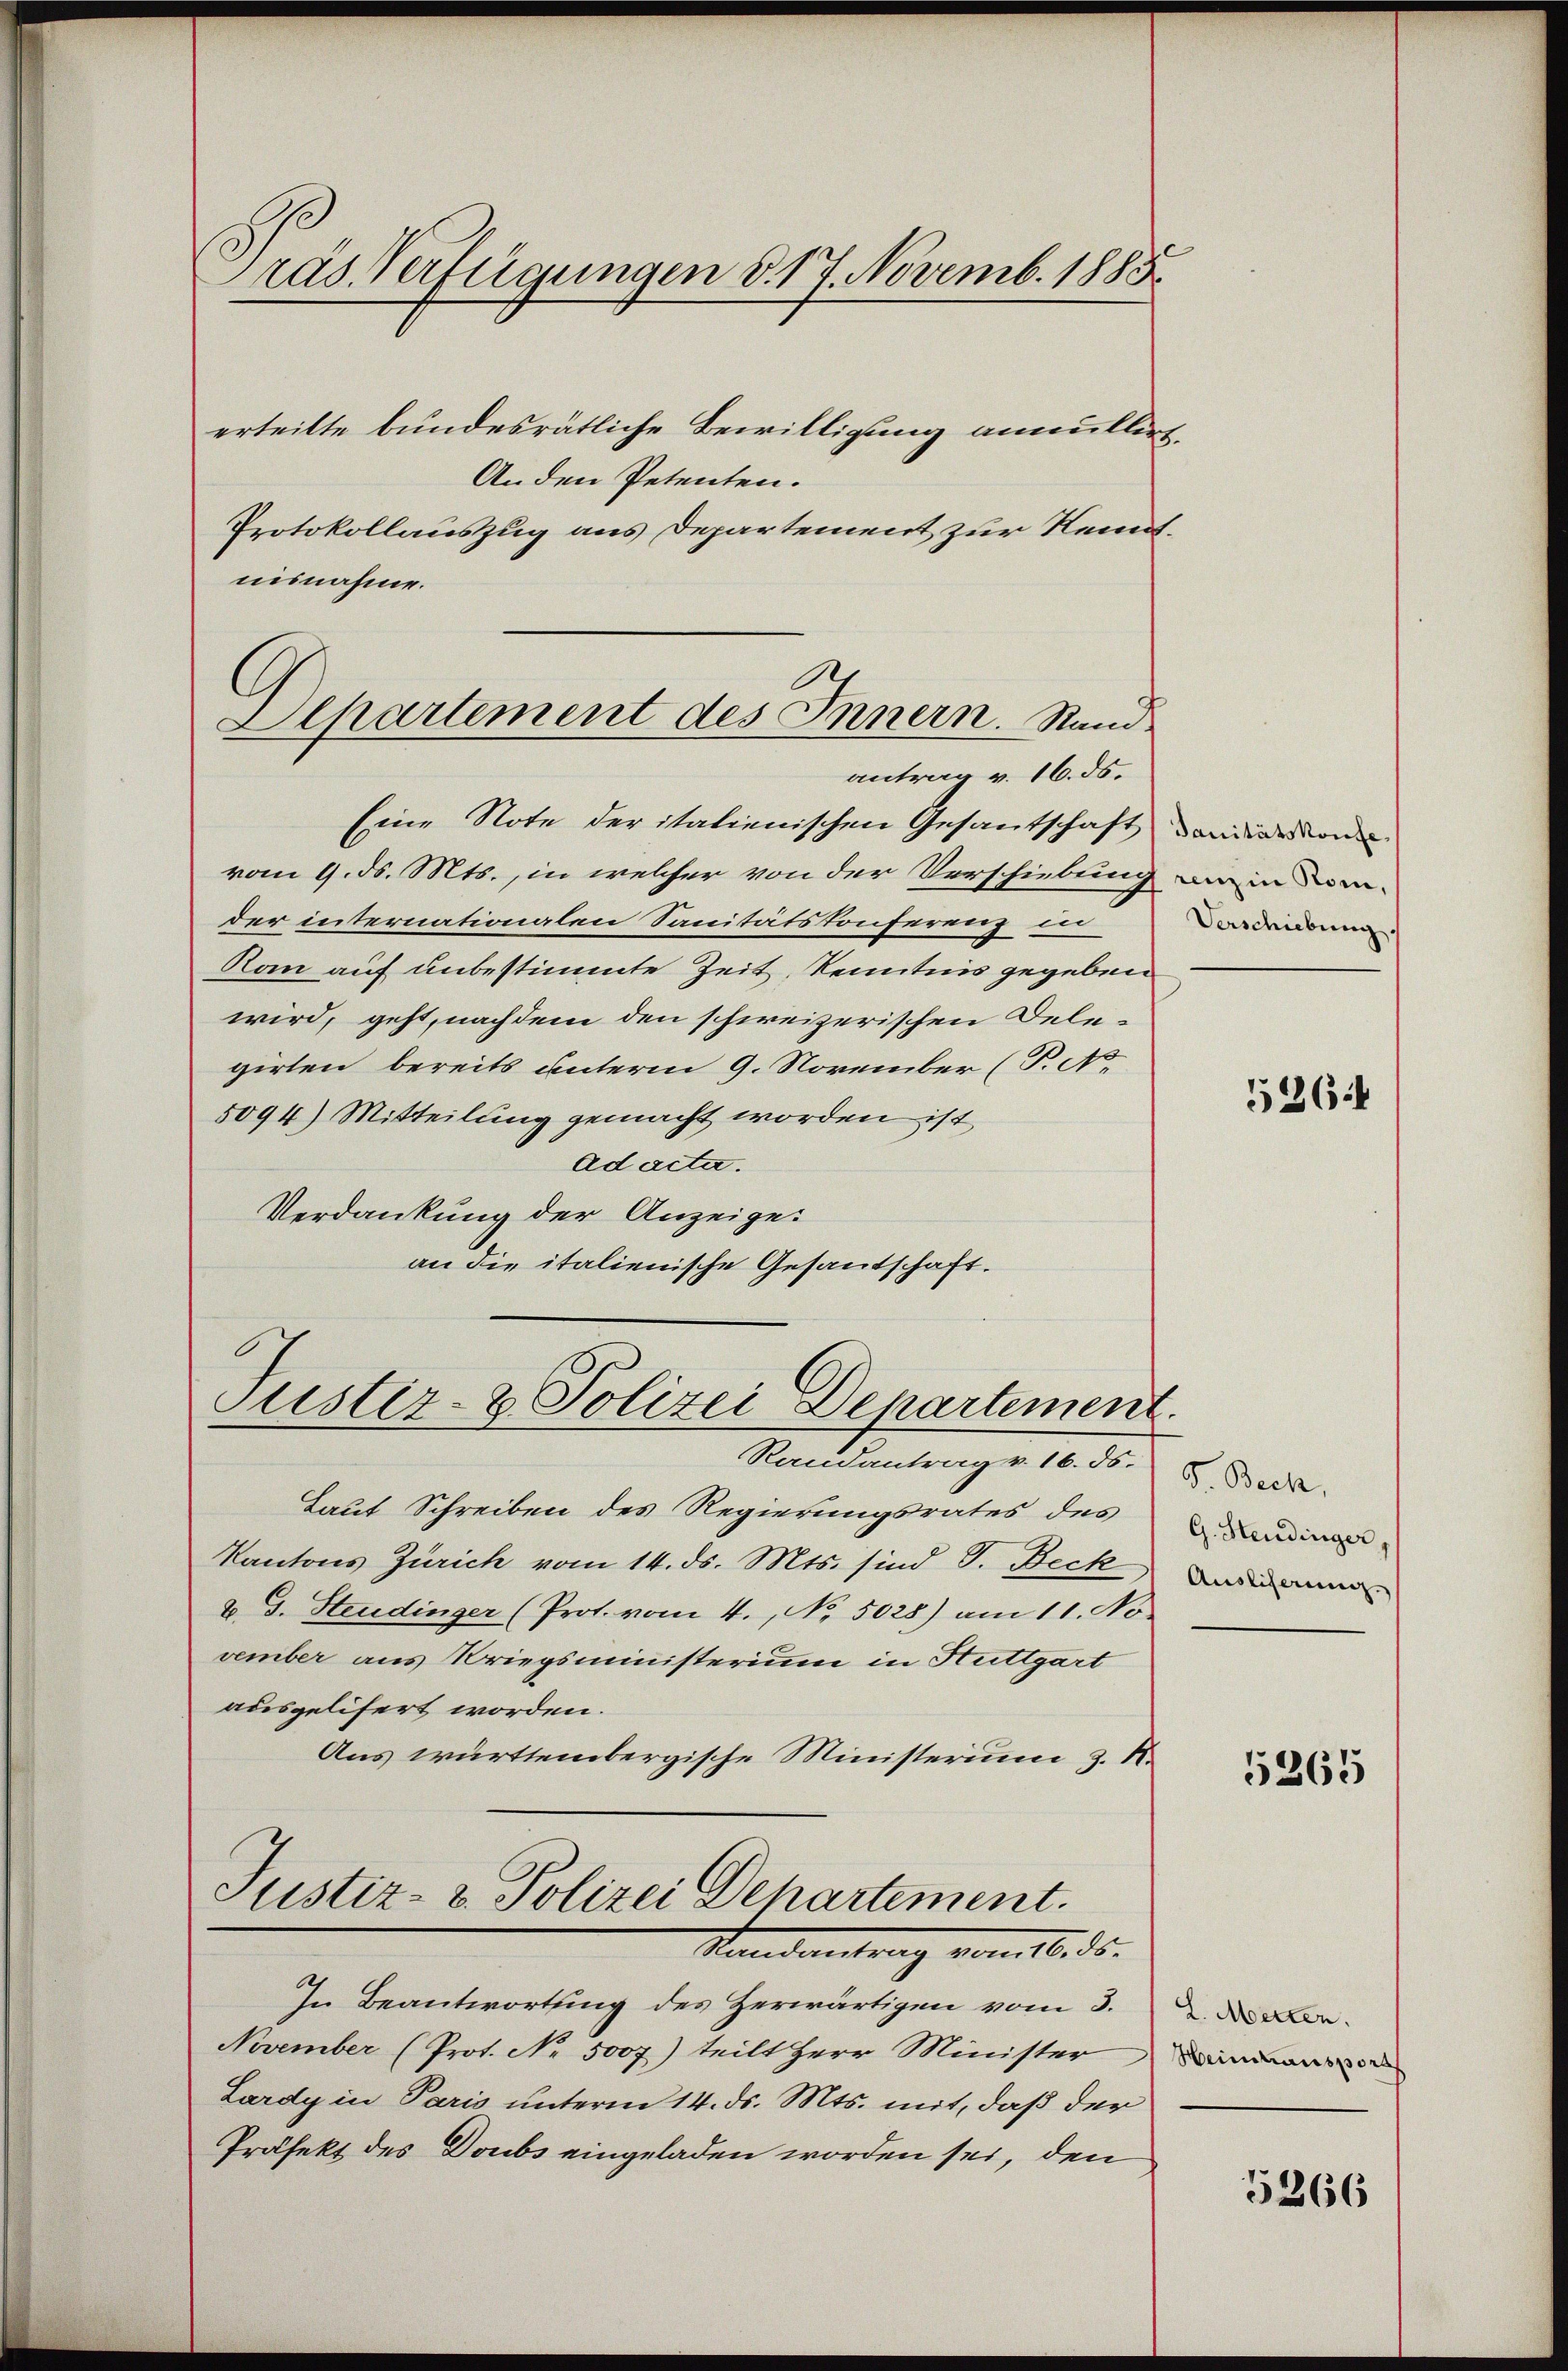
ras Verfügungen d. 17. Novemb. 1885.

erteilte bundesrätliche Bewilligung annullir¬
An den Petenten.
Protokollauszug aus Departement zur Rei
nisnahme.
Eine Note der italienischen Gesandschaft an die von
vom 9. ds. Mts., in welcher von der Verschiebung
der internationalen Sanitätskonferenz in
Kan auf unbestimmte Zeit, Kenntnis gegeben
wird, geht, nachdem den schweizerischen Delegirten bereits unterm 9. November (T. Ao.
5094) Mitteilung gemacht worden ist,
Ad acta.
Verdankung der Anzeige.
an die italienische Gesandschaft.

Apartement des Innern. Rand
antrag v. 16. ds.

Puster- & Polizei Departement.

Laut Schreiben des Regierungsrates des Danien-
Kantons Zürich vom 14. ds. Mts. sind S. Beck
2. G. Steudinger (Prot. vom 4. No. 5028) am 11. No
vember aus Kriegsministerium in Stuttgart
adsgelifert worden.
Aus württembergische Ministerium z. R.
Justiz- & Polizei Departement.
Randantrag vom 16. ds.

renz in Rom,
Verschiebung

Randantrag v. 16. ds.

In Beantwortung des Zerwärtigen vom 3.
November (Prot. No. 5007) teilt Herr Minister
Lardy in Paris unterm 14. ds. Mts. mit, daß der
Präfekt des Doubs eingeladen worden sei, den

.

536:

9. Beck,
Ausliserung.

5265

L. Metten.

5366